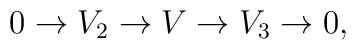
0 \to V_2 \to V \to V_3 \to 0 ,